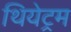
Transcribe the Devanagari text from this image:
थियेट्रम